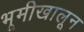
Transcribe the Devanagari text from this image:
भूमीखालून